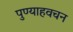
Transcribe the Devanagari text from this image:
पुण्याहवचन